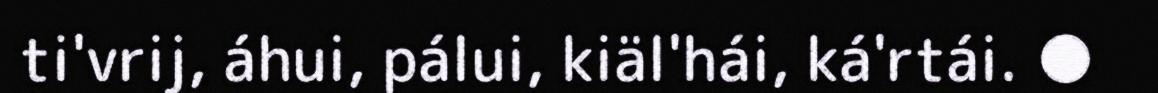
ti'vrij, áhui, pálui, kiäl'hái, ká'rtái. ●